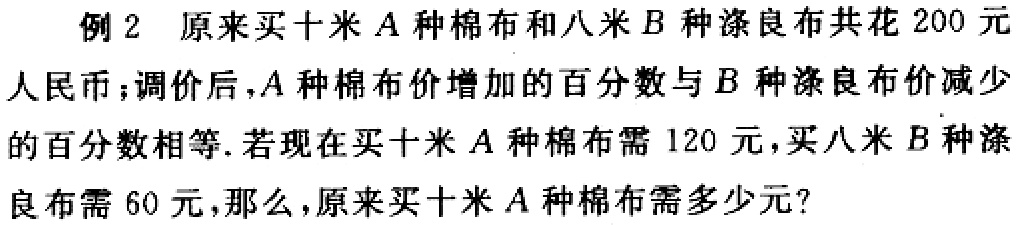
例2 原来买十米\(A\)种棉布和八米\(B\)种涤良布共花\(200\)元人民币；调价后，\(A\)种棉布价增加的百分数与\(B\)种涤良布价减少的百分数相等. 若现在买十米\(A\)种棉布需\(120\)元，买八米\(B\)种涤良布需\(60\)元，那么，原来买十米\(A\)种棉布需多少元？